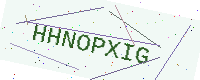
Text: HHNOPXIG